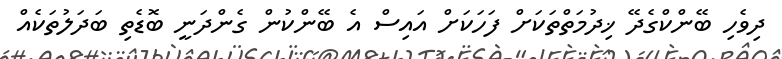
ދިވެހި ބޭންކްގެދޭ ޚިދުމަތްތަކަށް ފަހަކަށް އައިސް އެ ބޭންކުން ގެންދަނީ ބޮޑެތި ބަދަލުތަކެއް